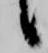
候